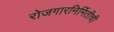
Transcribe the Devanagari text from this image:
रोजगारनिर्मितीची